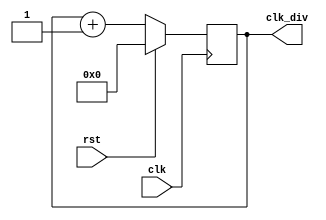
`timescale 1ns / 1ps

module clkdiv(
    input wire clk,
    input wire rst,
    output wire [31:0] clk_div
    );
    reg [31:0] counter;
	 
	 initial begin
		counter = 0;
	 end
    
    always @ (posedge clk) begin
        if(rst == 1'b1) begin
            counter <= 0;
        end
        else begin
            counter <= counter + 1;
        end
    end
    
    assign clk_div = counter;
endmodule